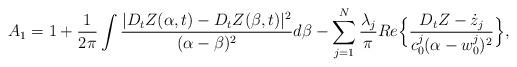
LaTeX: \begin{align*}A_1=1+\frac{1}{2\pi}\int \frac{|D_tZ(\alpha,t)-D_tZ(\beta,t)|^2}{(\alpha-\beta)^2}d\beta-\sum_{j=1}^N \frac{\lambda_j}{\pi} Re\Big\{\frac{D_tZ-\dot{z}_j}{c_0^j(\alpha-w_0^j)^2}\Big\},\end{align*}